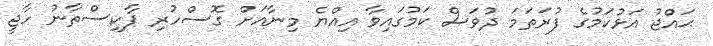
ޙައްޖު އަޅުކަމުގެ ފުރަތަމަ ދުވަސް ކަމުގައިވާ އިއްޔެ މިނާއަށް ގޮސްހުރި ޕާކިސްތާނު ހާޖީ